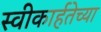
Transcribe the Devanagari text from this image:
स्वीकार्हतेच्या